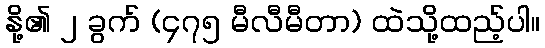
နို့၏ ၂ ခွက် (၄၇၅ မီလီမီတာ) ထဲသို့ထည့်ပါ။